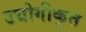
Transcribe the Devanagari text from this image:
उद्योगीकृत